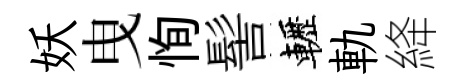
妖曳恂髻轣軌絳